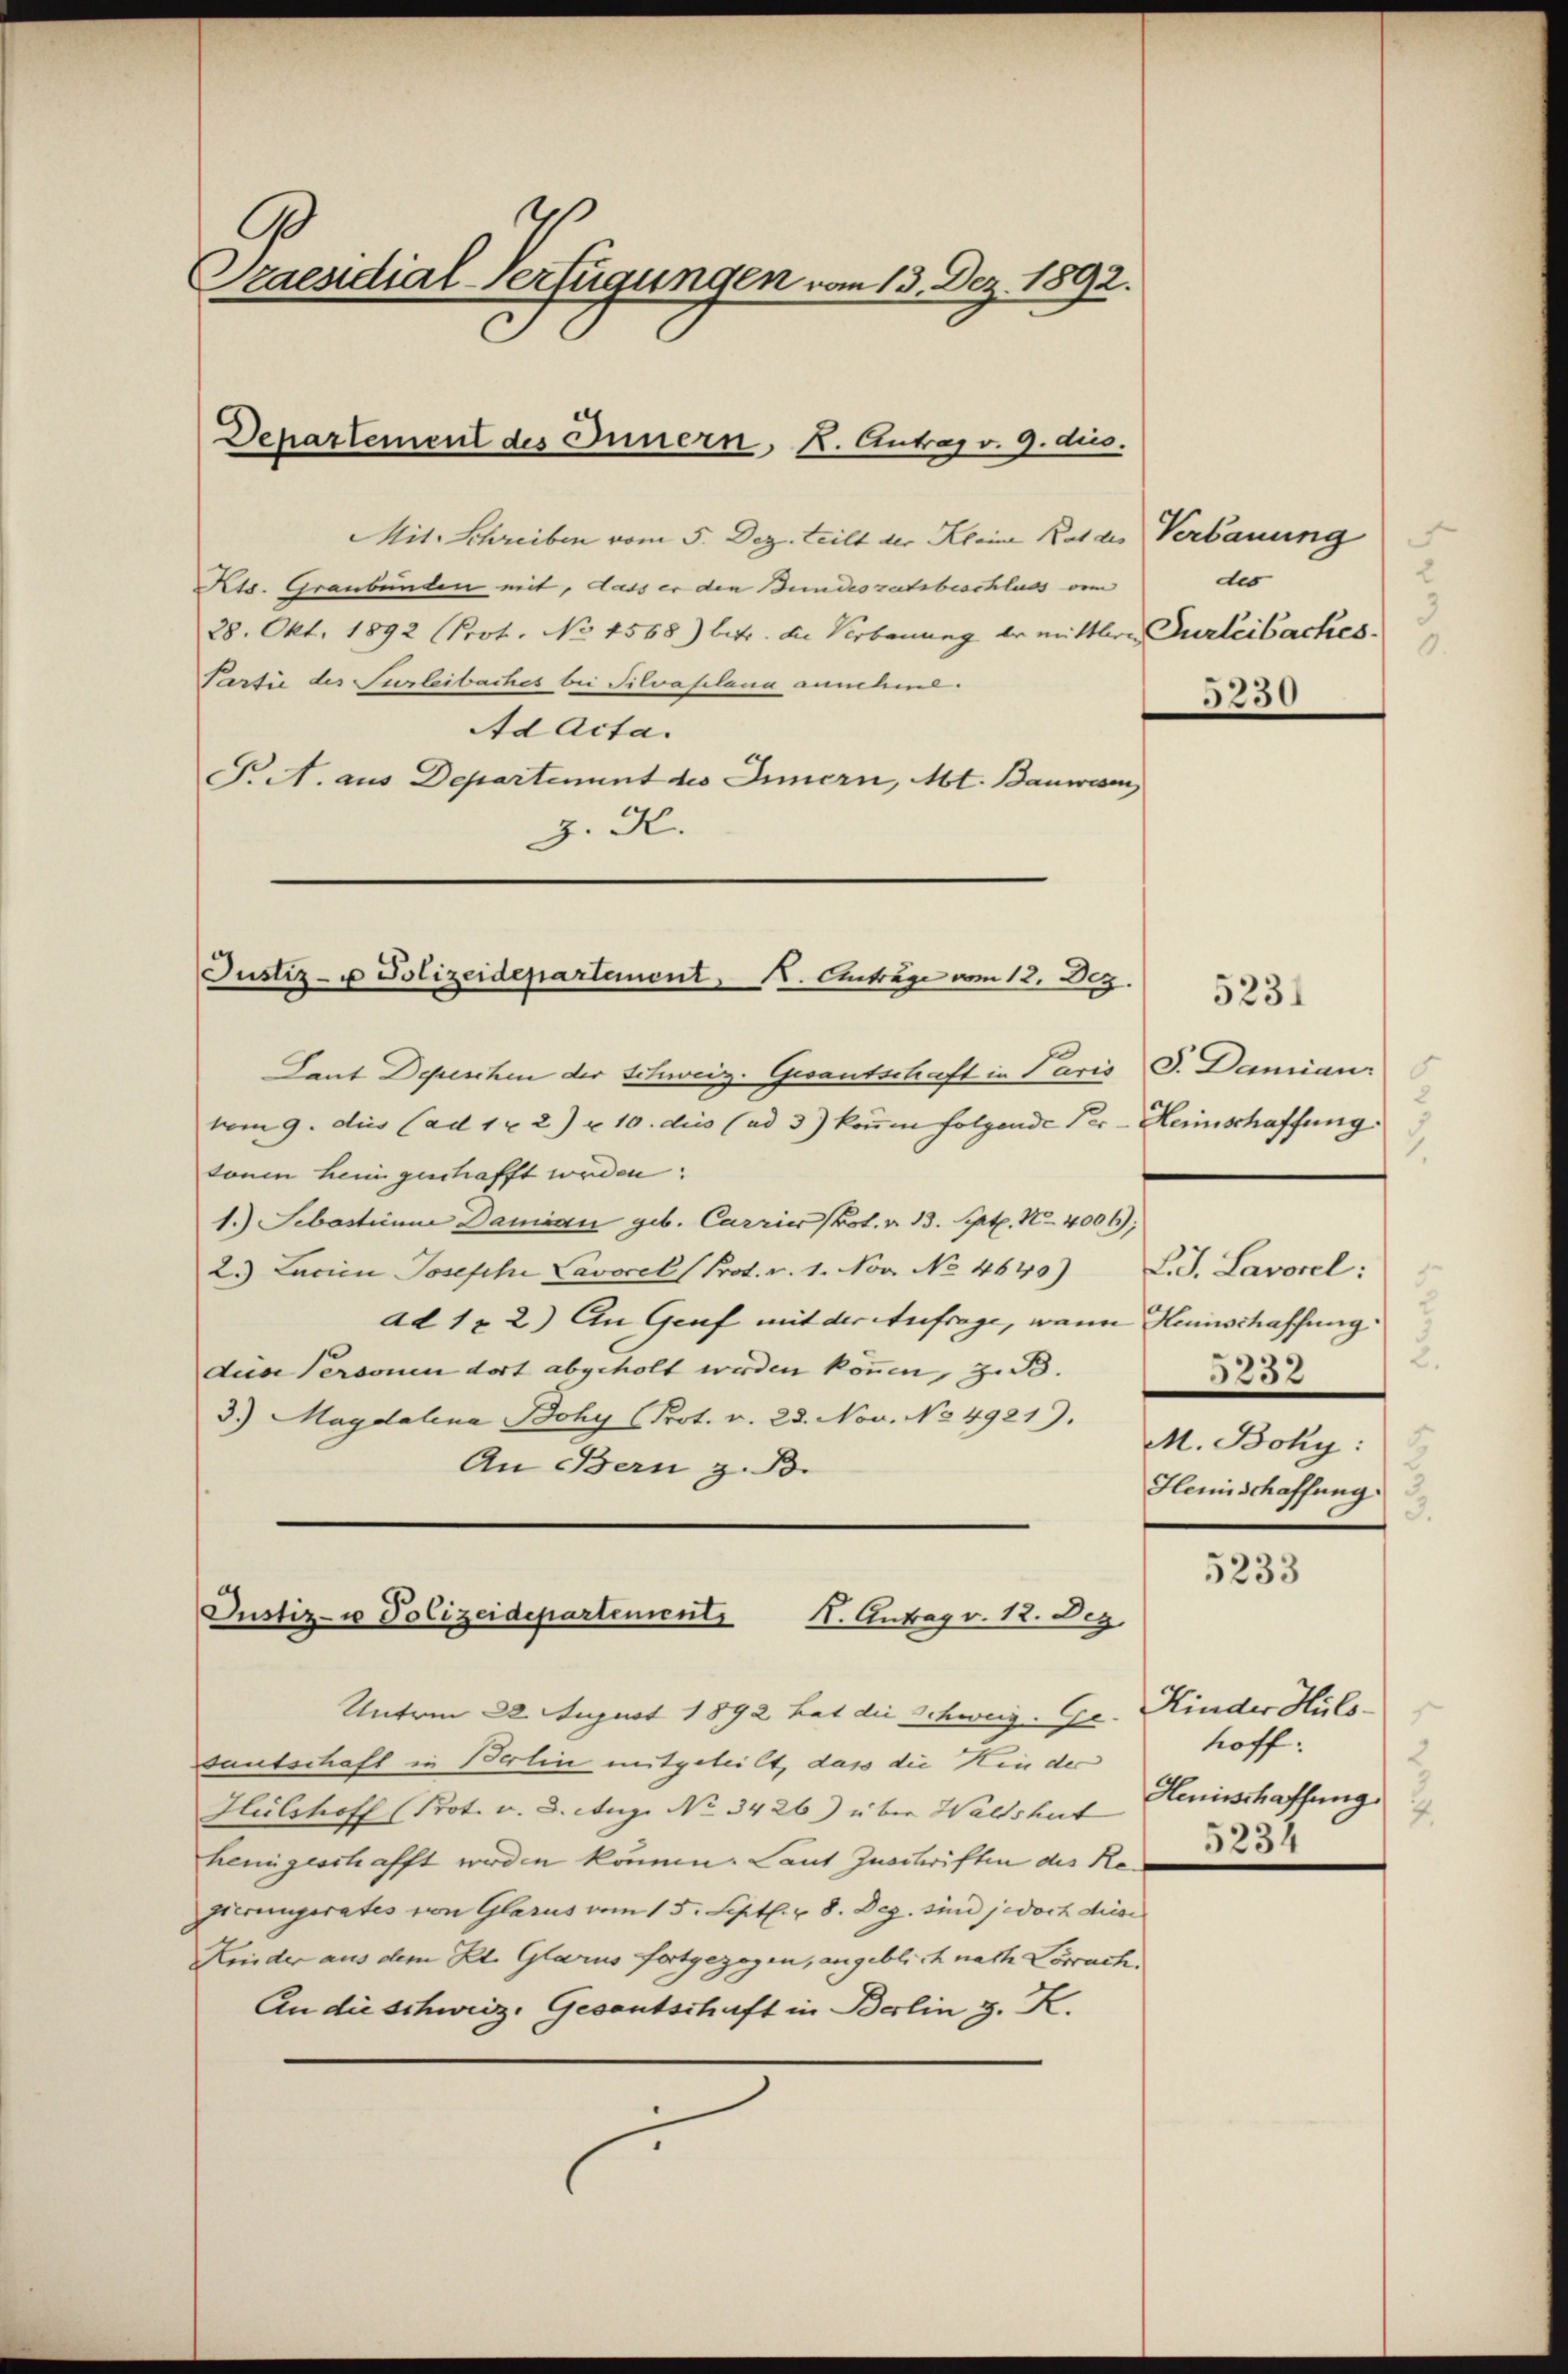
C
Szaesidial-Verfügungen vom 13. Dez. 1892.

Departement des Innern, K. Antrag v. 9. dies.

Mit. Schreiben vom 5. Dez. teilt der Kleine Rat des Verbauung
Kts. Graubünden mit, dass er den Bundesratsbeschluss vom
28. Okt. 1892 (Prot. No 4568) betr. die Verbauung er mittlere Turteibaches
Partie des Surleibaches bei Silvaplana annehme.
Ad Acta.
. A. aus Departement des Innern, Mt. Bauwesen,
z. H.

Justiz- u Polizeidepartement, K. Anträge vom 12. Dez.

Justiz- u Polizeidepartements 4. Antrag v. 12. Dez.

J
dis
3
.
5230

Laut Depeschen der Schweiz. Gesantschaft in Paris S. Damian
vom 9. dies (ad 1 x 2) u. 10. dies (ad 3) kaum folgende Per-Heimschaffung
tonen heim geschafft worden:
1.) Sebastiinm Damian geb. Carries Prot. v. 13. Sept. No. 4006),
2.) Lacien Joseph Lavocel (Prot. v. 1. Nov. No 4640) L. J. Lavorel;
ad 1 & 2.) An Graf mit der Aufrage, wann Heinschaffung.
dein Personen dort abgeholt werden können, z. B.
3.) Magdalena Bohy (Prot. v. 28. Nov. No 4921).
An Bern z. B.
Unterm 28. August 1892 hat die Schweiz. Gr. Kinder Hüls-
sautschaft in Berlin mitgeteilt, dass die Hinder
Hülshoff (Prot. v. 3. Aug. No 3426) über Waltshut
henigeschafft werden können. Laut Zuschriften des No 23
gierungsrates von Glarus vom 15. Sept. v. 8. Dez. sind jedoch diese
Kinder aus dem Kt. Glarus fortgezogen, angeblich nach Vorrach¬
An die Schweiz. Gesantschaft in Berlin z. K.

.
2.
5232
M. Boky:
Heinschaffung
3.

5231

5233

hoff.
Heninschaffung.
.